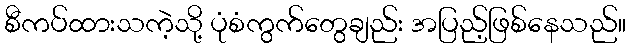
စီကပ်ထားသကဲ့သို့ ပုံစံကွက်တွေချည်း အပြည့်ဖြစ်နေသည်။